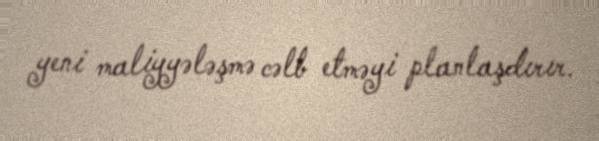
yeni maliyyələşmə cəlb etməyi planlaşdırır.